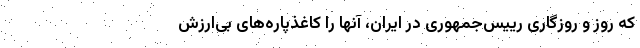
که روز و روزگاری رییس‌جمهوری در ایران، آنها را کاغذپاره‌های بی‌ارزش